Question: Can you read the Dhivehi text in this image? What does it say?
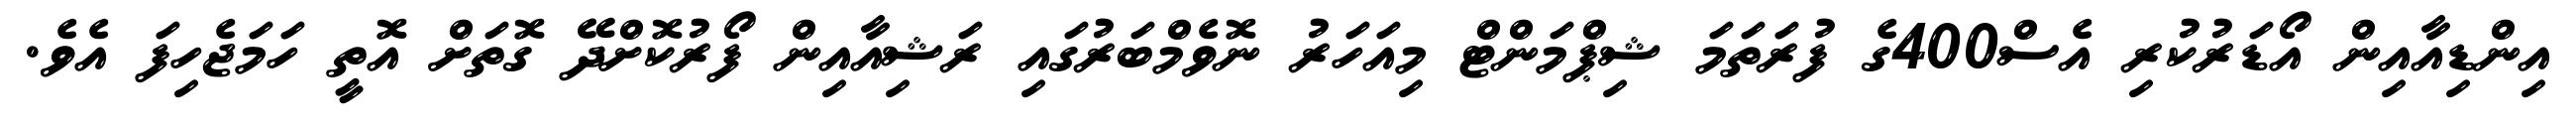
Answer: އިންޑިއާއިން އޯޑަރުކުރި އެސް400ގެ ފުރަތަމަ ޝިޕްމަންޓް މިއަހަރު ނޮވެމްބަރުގައި ރަޝިއާއިން ފޯރުކޮށްދޭ ގޮތަށް އޮތީ ހަމަޖެހިފަ އެވެ.